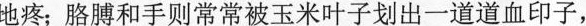
地疼；胳膊和手则常常被玉米叶子划出一道道血印子，